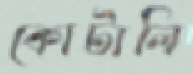
কোটালি